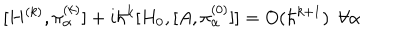
LaTeX: [ H ^ { ( k ) } , \pi _ { \alpha } ^ { ( k ) } ] + i \hbar ^ { k } [ H _ { 0 } , [ A , \pi _ { \alpha } ^ { ( 0 ) } ] ] = O ( \hbar ^ { k + 1 } ) ~ ~ \forall \alpha